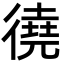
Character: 徺